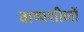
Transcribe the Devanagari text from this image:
वाष्पशीलों